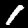
Label: 1